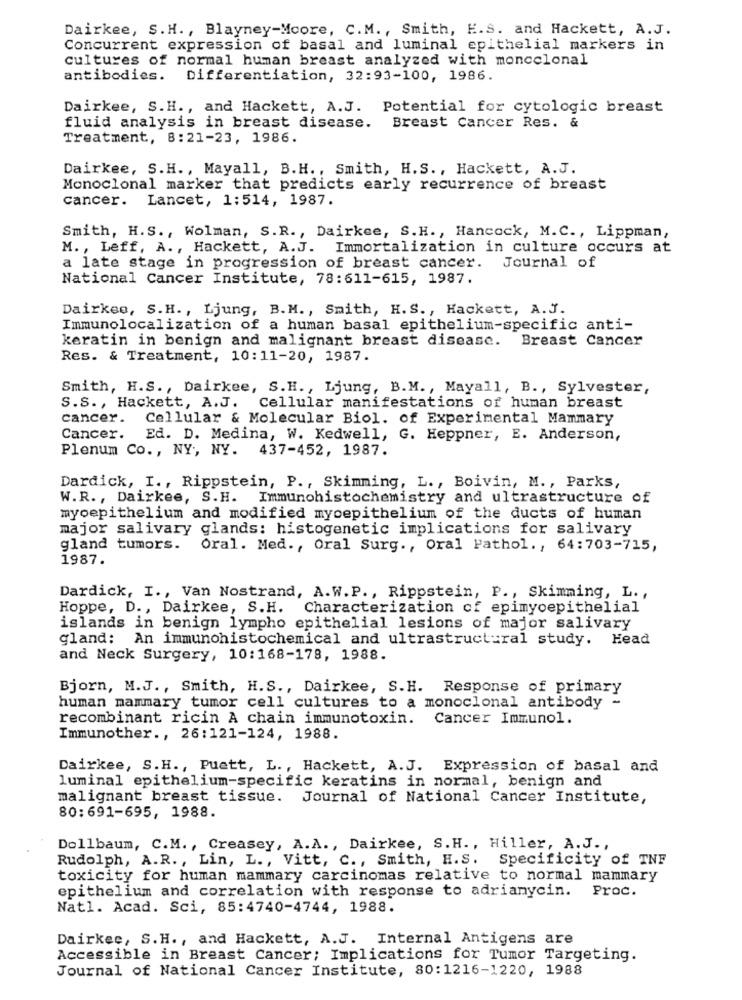
Dairkee, S.H ., Blayney-Moore, C.M ., Smith, E.S. and Hackett, A.J.
Concurrent expression of basal and luminal epithelial markers in
Cultures of normal human breast analyzed with moncclonal
antibodies. Differentiation, 32:93-100, 1986.
Dairkee, S.H ., and Hackett, A.J. Potential for cytologic breast
fluid analysis in breast disease. Breast Cancer Res. &
Treatment, 8:21-23, 1986.
Dairkee, S.H ., Mayall, B.H ., Smith, H.S ., Hackett, A.J.
Monoclonal marker that predicts early recurrence of breast
cancer. Lancet, 1:514, 1987.
Smith, H.S ., Wolman, S.R ., Dairkee, S.H ., Hancock, M.C ., Lippman,
M. , Leff, A ., Hackett, A.J. Immortalization in culture occurs at
a late stage in progression of breast cancer. Journal of
National Cancer Institute, 78:611-615, 1987.
Dairkeo, S.H ., Ljung, B.M ., Smith, H. S. , Hackett, A.J.
Immunolocalization of a human basal epithelium-specific anti-
keratin in benign and malignant breast disease. Breast Cancer
Res. & Treatment, 10:11-20, 1987.
Smith, H.S ., Dairkee, S.H ., Ljung, B.M. , Mayall, B ., Sylvester,
S.S. , Hackett, A.J.
Cellular manifestations of human breast
cancer. Cellular & Molecular Biol. of Experimental Mammary
Cancer.
Ed. D. Medina, W. Kedwell, G. Heppner, E. Anderson,
Plenum Co ., NY, NY. 437-452, 1987.
Dardick, I ., Rippstein, P ., Skimming, L ., Boivin, M ., Parks,
W.R ., Dairkee, S.H. Immunohistochemistry and ultrastructure of
myoepithelium and modified myoepithelium of the ducts of human
major salivary glands: histogenetic implications for salivary
gland tumors.
Oral. Med ., Oral Surg ., Oral Pathol ., 64:703-715,
1987.
Dardick, I ., Van Nostrand, A.W.P ., Rippstein, P ., Skimming, L .,
Hoppe, D ., Dairkee, S.H. Characterization of epimyoepithelial
islands in benign lympho epithelial lesions of major salivary
gland: An immunohistochemical and ultrastructural study. Head
and Neck Surgery, 10:168-178, 1988.
Bjorn, M.J ., Smith, H.S ., Dairkee, S.H. Response of primary
human mammary tumor cell cultures to a monoclonal antibody -
recombinant ricin A chain immunotoxin.
Cancer Immunol
Immunother ., 26:121-124, 1988.
Dairkee, S.H ., Puett, L ., Hackett, A.J. Expression of basal and
luminal epithelium-specific keratins in normal, benign and
malignant breast tissue. Journal of National Cancer Institute,
80:691-695, 1988.
Dollbaum, C.M ., Creasey, A.A ., Dairkee, S.H ., Hiller, A.J .,
Rudolph, A.R ., Lin, L ., Vitt, C ., Smith, H.S. Specificity of TNF
toxicity for human mammary carcinomas relative to normal mammary
epithelium and correlation with response to adriamycin. Proc.
Natl. Acad. Sci, 85:4740-4744, 1988.
Dairkee, S.H ., and Hackett, A.J. Internal Antigens are
Accessible in Breast Cancer; Implications for Tumor Targeting.
Journal of National Cancer Institute, 80:1216-1220, 1988